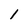
Character: 1